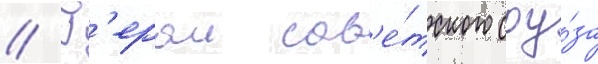
// Г'ерои сов'е́тского соу́за